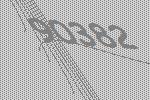
90382